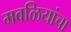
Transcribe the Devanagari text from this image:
मवळियांचा